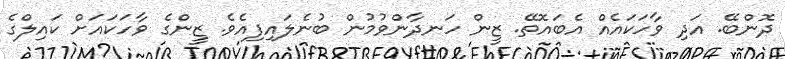
ދޮންބޭ. އަދި ވާހަކައެއް އެބައޮތޭ. ޒީން ހަނދާންވުމުން ބުނެލައިފިއެވެ. ޒީންގެ ވާހަކައަށް ކައިލްގެ